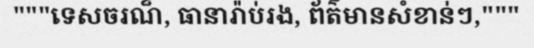
"""ទេសចរណ៏, ធានារ៉ាប់រង, ព័ត៌មានសំខាន់ៗ,"""